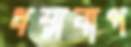
ধম্মবাপ